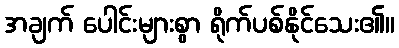
အချက် ပေါင်းများစွာ ရိုက်ပစ်နိုင်သေး၏။